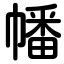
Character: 幡